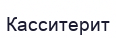
Касситерит